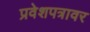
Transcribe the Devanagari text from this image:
प्रवेशपत्रावर